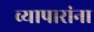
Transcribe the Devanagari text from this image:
व्यापारांना